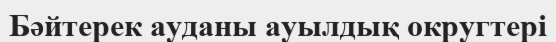
Бәйтерек ауданы ауылдық округтері